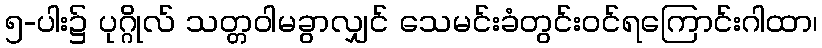
၅-ပါး၌ ပုဂ္ဂိုလ် သတ္တဝါမခွာလျှင် သေမင်းခံတွင်းဝင်ရကြောင်းဂါထာ၊